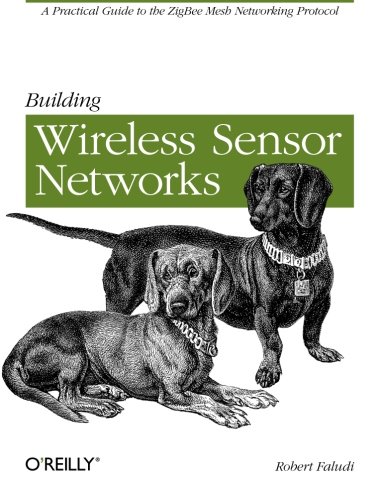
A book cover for Building Wireless Sensor Networks: with ZigBee, XBee, Arduino, and Processing; Robert Faludi; Engineering & Transportation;